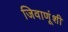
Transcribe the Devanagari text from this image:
जिवाणूंशी